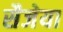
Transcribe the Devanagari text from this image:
सैजेया